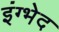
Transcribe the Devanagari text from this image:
इंग्भेद